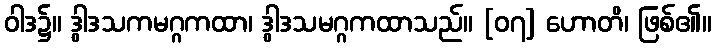
ဝါဒ၌။ ဒွါဒသကမဂ္ဂကထာ၊ ဒွါဒသမဂ္ဂကထာသည်။ [၀၇] ဟောတိ၊ ဖြစ်၏။